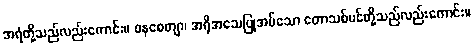
အရံတို့သည်လည်းကောင်း။ ဝနစေတျာ၊ အရိုအသေပြုအပ်သော တောသစ်ပင်တို့သည်လည်းကောင်း။